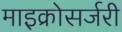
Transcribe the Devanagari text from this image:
माइक्रोसर्जरी